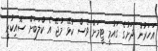
އަހަރުން ދަށުގެ ގައުމީ ޓީމަށް ވެސް ކުޅޭ މުޖޭ އެ ކްލަބަށް ސޮއިކުރީ